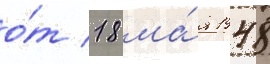
о́т 18 ма́я 1948